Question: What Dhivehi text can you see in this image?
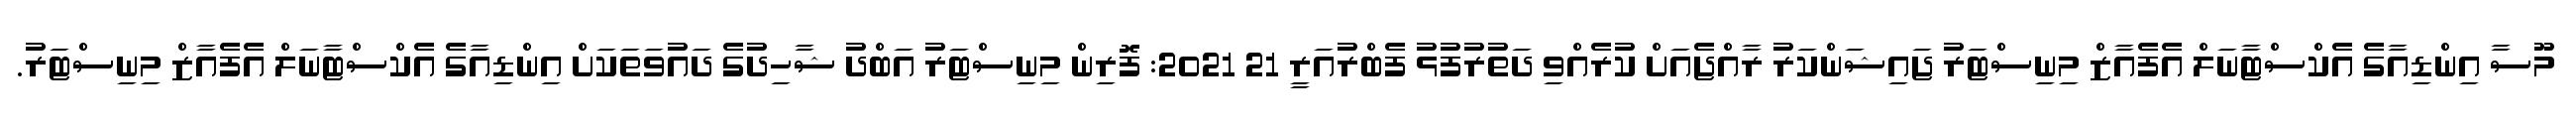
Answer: މޫސާ އިންޑިއާގެ އެކްސްޓާނަލް އެފެއާޒް މިނިސްޓަރު ޖައިޝަންކަރު ރާއްޖެއަށް ކުރެއްވި ދަތުރުފުޅު ފެބްރުއަރީ 21 2021: ފޮރިން މިނިސްޓަރު އަބްދު ޝާހިދުގެ ދައުވަތަކަށް އިންޑިއާގެ އެކްސްޓާނަލް އެފެއާޒް މިނިސްޓަރު.